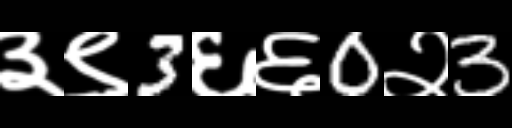
Text: ३९3६६0२3